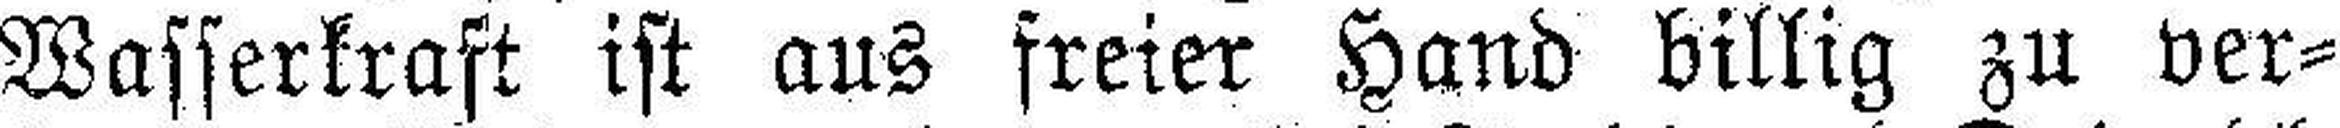
Wasserkraft ist aus freier Hand billig zu ver¬